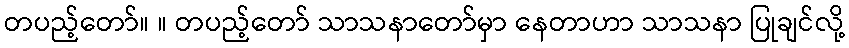
တပည့်တော်။ ။ တပည့်တော် သာသနာတော်မှာ နေတာဟာ သာသနာ ပြုချင်လို့